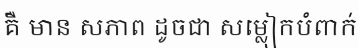
គឺ មាន សភាព ដូចជា សម្លៀកបំពាក់